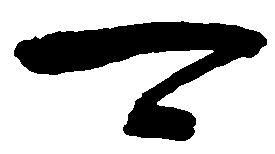
可